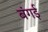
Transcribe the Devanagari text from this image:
बंगई